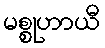
မစ္စုဟာယီ